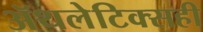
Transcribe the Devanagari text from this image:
ॲथलेटिक्सही